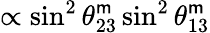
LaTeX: \propto\sin^{2}\theta_{23}^{\mathsf{m}}\sin^{2}\theta_{13}^{\mathsf{m}}